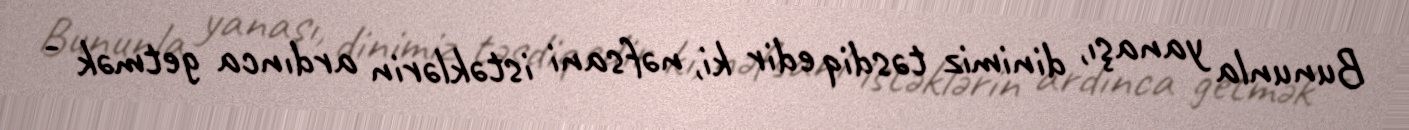
Bununla yanaşı, dinimiz təsdiq edir ki, nəfsani istəklərin ardınca getmək -